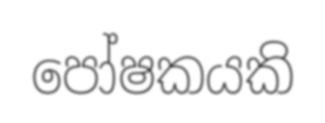
පෝෂකයකි